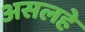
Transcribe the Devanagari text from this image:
असलहे